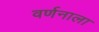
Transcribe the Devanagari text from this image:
वर्णनाला